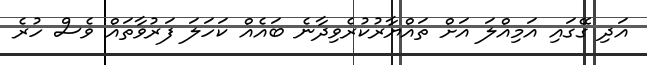
އަދި ގޭގައި އަމިއްލަ އަށް ތައްޔާރުކުރެވިދާނެ ބައެއް ކަހަލަ ފަރުވާތައް ވެސް ހުރެ